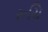
રૂચિ